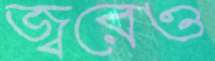
জ্বরেও